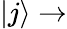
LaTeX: |j\rangle\rightarrow